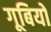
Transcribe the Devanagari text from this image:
गूबियो